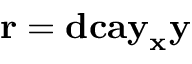
\mathbf { r } = \mathbf { d c a y } _ { \mathbf { x } } \mathbf { y }